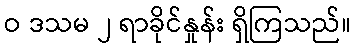
ဝ ဒသမ ၂ ရာခိုင်နှုန်း ရှိကြသည်။